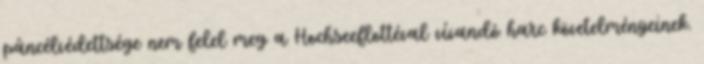
páncélvédettsége nem felel meg a Hochseeflottéval vívandó harc követelményeinek.